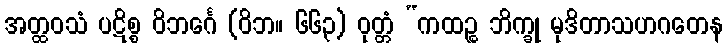
အတ္ထဝသံ ပဋိစ္စ ဝိဘင်္ဂေ (ဝိဘ။ ၆၆၃) ဝုတ္တံ “ကထဉ္စ ဘိက္ခု မုဒိတာသဟဂတေန